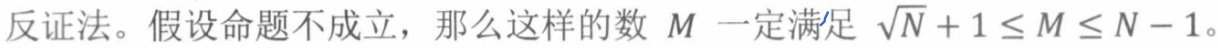
反证法。假设命题不成立，那么这样的数 $M$ 一定满足 $\sqrt{N}+1\leq M\leq N - 1$。